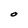
Character: O